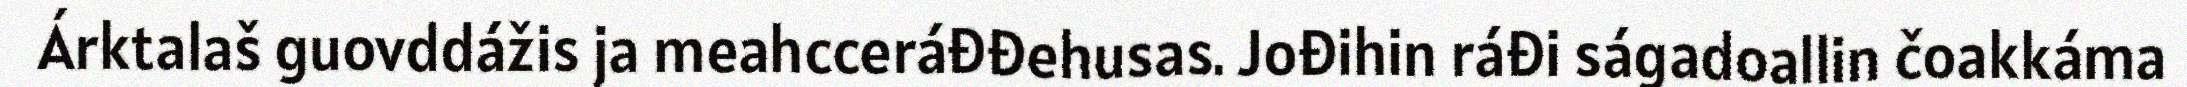
Árktalaš guovddážis ja meahcceráđđehusas. Jođihin ráđi ságadoallin čoakkáma